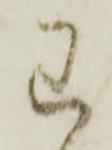
已